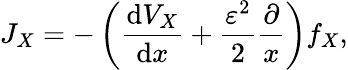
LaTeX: J_{X}=-\left(\frac{\mathrm{d}V_{X}}{\mathrm{d}x}+\frac{\varepsilon^{2}}{2}\frac{\partial}{x}\right)f_{X},